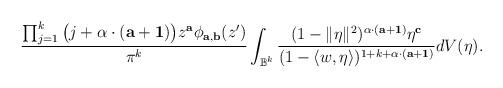
LaTeX: \begin{align*}\frac{\prod_{{j}=1}^{k}\big({j}+\alpha\cdot(\mathbf a +\mathbf 1)\big)z^{\mathbf a}\phi_{\mathbf a,\mathbf b}(z^\prime)}{\pi^k}\int_{\mathbb B^k}\frac{(1-\|\eta\|^2)^{\alpha\cdot(\mathbf a+\mathbf 1)}\eta^{\mathbf c}}{(1-\langle w,\eta\rangle)^{1+k+\alpha\cdot (\mathbf a+\mathbf 1)}}dV(\eta).\end{align*}